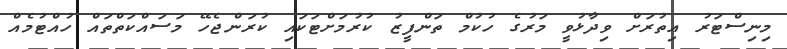
މިނިސްޓަރު އިތުރަށް ވިދާޅުވީ މަރުގެ ހުކުމް ތަންފީޒު ކުރުމަށްޓަކައި ކުރަންޖެހޭ މަސައްކަތްތައް ހުއްޓުމެއް